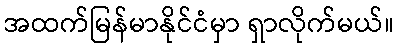
အထက်မြန်မာနိုင်ငံမှာ ရှာလိုက်မယ်။